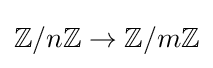
\mathbb {Z} /n\mathbb {Z} \to \mathbb {Z} /m\mathbb {Z}